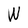
Character: W